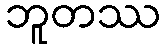
ဘူတဿ